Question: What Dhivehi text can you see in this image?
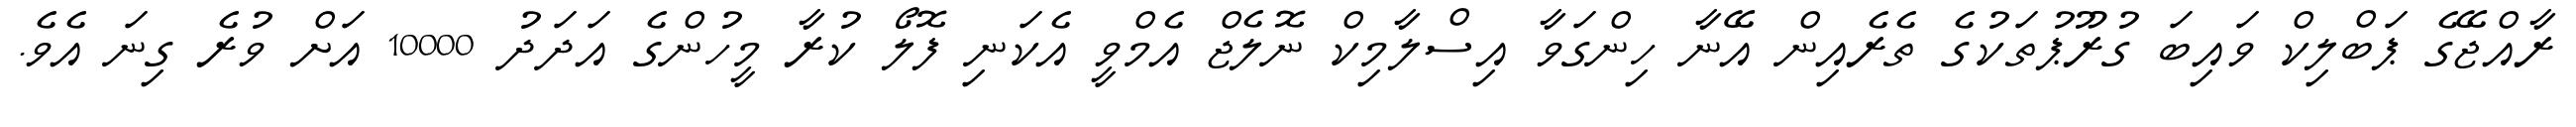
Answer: ރާއްޖޭގެ ޕަބްލިކް ވައިބަ ގުރޫޕުތަކުގެ ތެރެއިން އޭނާ ހިންގަވާ އިސްލާމިކް ނޮލެޖް އެމްވީ އެކަނި ފޮލޯ ކުރާ މީހުންގެ އަދަދު 10000 އަށް ވުރެ ގިނަ އެވެ.